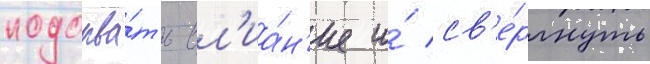
подорва́ть вл'иа́н'ие и́ св'е́ргнуть